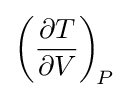
\left({\frac {\partial T}{\partial V}}\right)_{\!P}